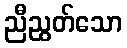
ညီညွတ်သော